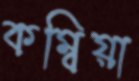
কম্বিয়া